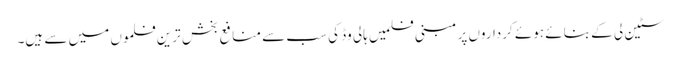
سٹین لی کے بنائے ہوئے کرداروں پر مبنی فلمیں ہالی وڈ کی سب سے منافع بخش ترین فلموں میں سے ہیں۔